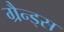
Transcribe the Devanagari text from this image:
ग्रैन्ड्स